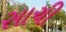
સાચી